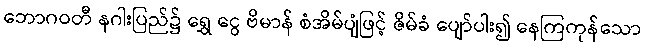
ဘောဂဝတီ နဂါးပြည်၌ ရွှေ ငွေ ဗိမာန် စံအိမ်ပျံဖြင့် ဇိမ်ခံ ပျော်ပါး၍ နေကြကုန်သော